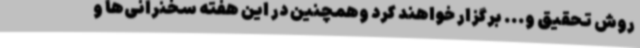
روش تحقیق و... برگزار خواهند کرد وهمچنین در این هفته سخنرانی‌ها و